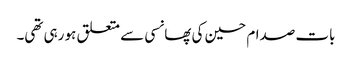
بات صدام حسین کی پھانسی سے متعلق ہو رہی تھی۔